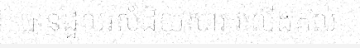
បានដួលរលំដិយសារ រលើងគល់